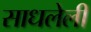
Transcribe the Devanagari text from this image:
साधलेली